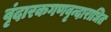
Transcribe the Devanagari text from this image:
वृंदारकगणवृन्दाराधित